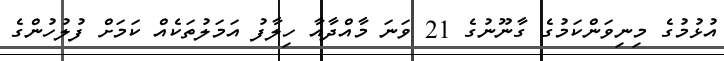
އުޅުމުގެ މިނިވަންކަމުގެ ގާނޫނުގެ 21 ވަނަ މާއްދާއާ ހިލާފު އަމަލުތަކެއް ކަމަށް ފުލުހުންގެ